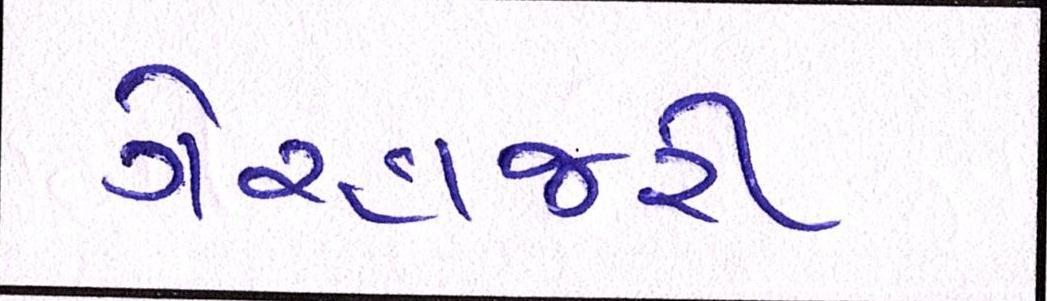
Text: ગેરહાજરી